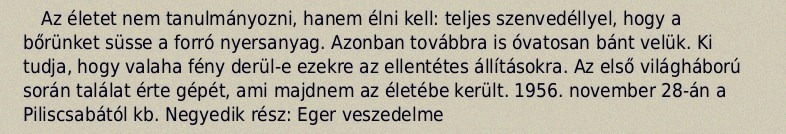
Az életet nem tanulmányozni, hanem élni kell: teljes szenvedéllyel, hogy a bőrünket süsse a forró nyersanyag. Azonban továbbra is óvatosan bánt velük. Ki tudja, hogy valaha fény derül-e ezekre az ellentétes állításokra. Az első világháború során találat érte gépét, ami majdnem az életébe került. 1956. november 28-án a Piliscsabától kb. Negyedik rész: Eger veszedelme